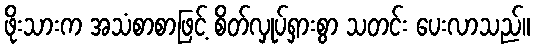
ဖိုးသားက အသံစာစာဖြင့် စိတ်လှုပ်ရှားစွာ သတင်း ပေးလာသည်။